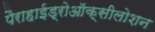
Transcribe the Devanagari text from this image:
पैराहाईड्रोऑक्सीलोशन